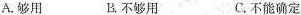
A.够用 B.不够用 C.不能确定